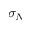
\sigma _ { N }